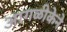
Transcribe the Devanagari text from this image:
आगळीकेने